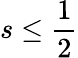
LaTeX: s\leq\frac 12